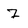
Character: z